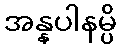
အန္နပါနမ္ပိ